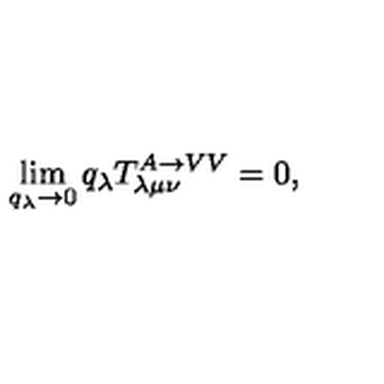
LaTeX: \lim _ { q _ { \lambda } \rightarrow 0 } q _ { \lambda } T _ { \lambda \mu \nu } ^ { A \rightarrow V V } = 0 ,